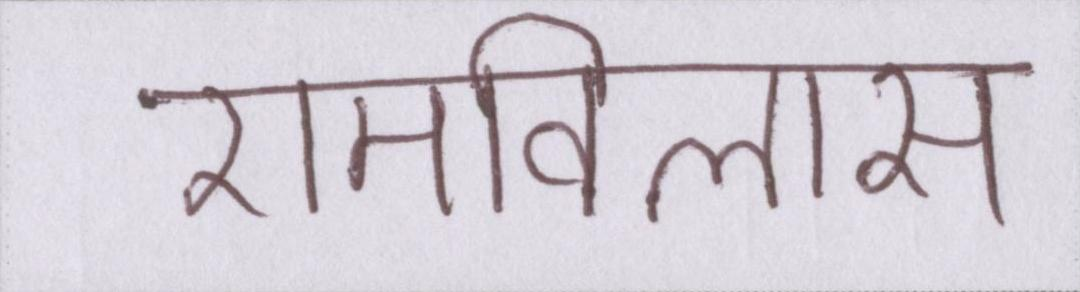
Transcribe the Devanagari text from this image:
रामविलास